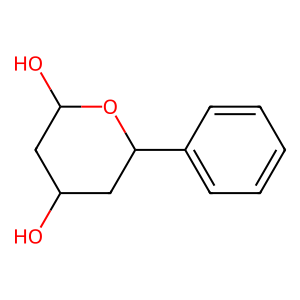
SMILES: OC1CC(O)OC(c2ccccc2)C1
Inhibits HIV replication: No